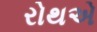
રોથએ